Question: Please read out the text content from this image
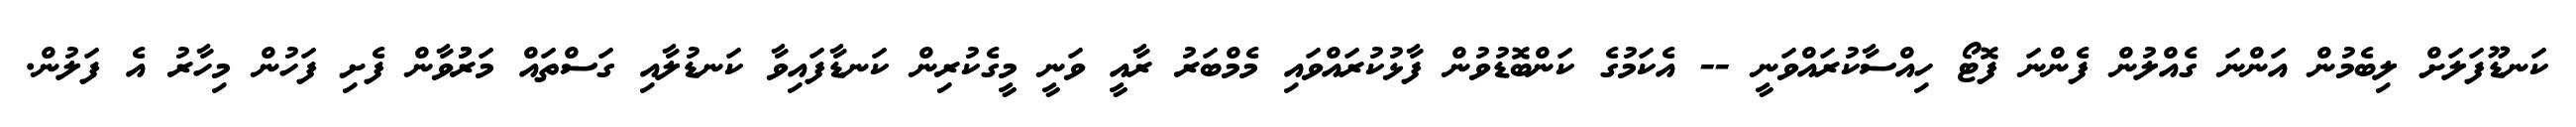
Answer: ކަނޑޫފަލަށް ލިބެމުން އަންނަ ގެއްލުން ފެންނަ ފޮޓޯ ހިއްސާކުރައްވަނީ -- އެކަމުގެ ކަންބޮޑުވުން ފާޅުކުރައްވައި މެމްބަރު ރާއީ ވަނީ މީގެކުރިން ކަނޑާފައިވާ ކަނޑުލާއި ގަސްތައް މަރުުވާން ފެށި ފަހުން މިހާރު އެ ފަލުން.